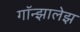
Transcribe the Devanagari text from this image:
गॉन्झालेझ